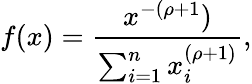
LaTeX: f(x)=\frac{x^{-(\rho+1})}{\sum_{i=1}^{n}x_{i}^{(\rho+1)}},